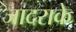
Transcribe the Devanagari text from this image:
जादराके